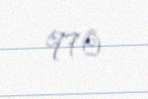
970